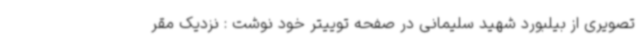
تصویری از بیلبورد شهید سلیمانی در صفحه توییتر خود نوشت : نزدیک مقر